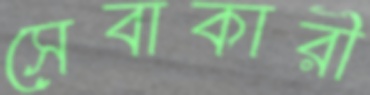
সেবাকারী